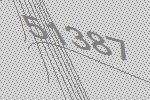
51387